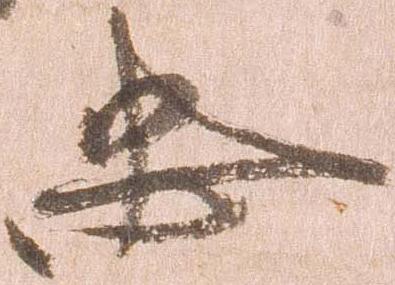
忠